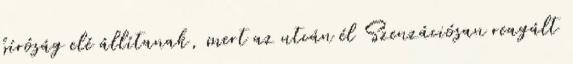
bíróság elé állítanak, mert az utcán él Szenzációsan reagált